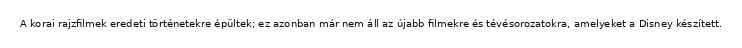
A korai rajzfilmek eredeti történetekre épültek; ez azonban már nem áll az újabb filmekre és tévésorozatokra, amelyeket a Disney készített.